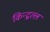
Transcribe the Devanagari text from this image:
किन्द्वल्ल